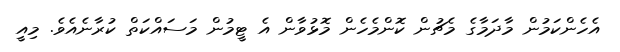
އެހެންކަމުން މާދަމާގެ މެޗުން ކޮންމެހެން މޮޅުވާން އެ ޓީމުން މަސައްކަތް ކުރާނެއެވެ. މިއީ